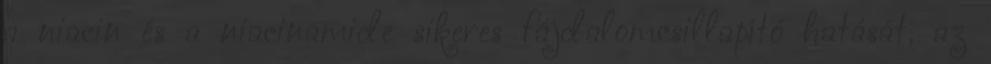
a niacin és a niacinamide sikeres fájdalomcsillapító hatását, az